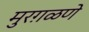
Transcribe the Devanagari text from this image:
मुरग़ळणे